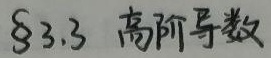
$\S 3.3$ 高阶导数